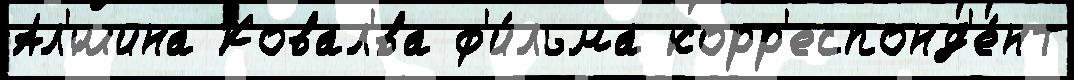
Ал'́шина Ковал'́ва ф'и́льма корр'еспонд'е́нт